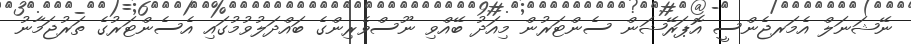
ނޭޝަނަލް އެމަރޖެންސީ އޮޕަރޭޝަން ސެންޓަރުން މިއަދު ބޭއްވި ނޫސްވެރިންގެ ބައްދަލުވުމުގައި އެސެންޓަރުގެ ތަރުޖަމާނު